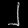
Digit: ၂